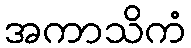
အကာသိကံ